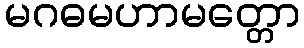
မဂဓမဟာမတ္တော